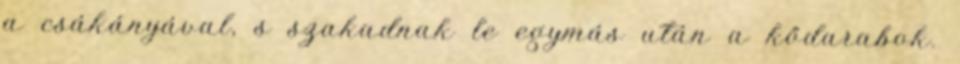
a csákányával, s szakadnak le egymás után a kődarabok.